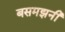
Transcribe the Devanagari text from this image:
बसमझनी